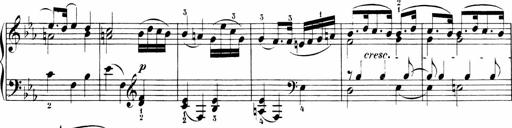
Title: 6 Sonatinas
Composer: Carl Reinecke